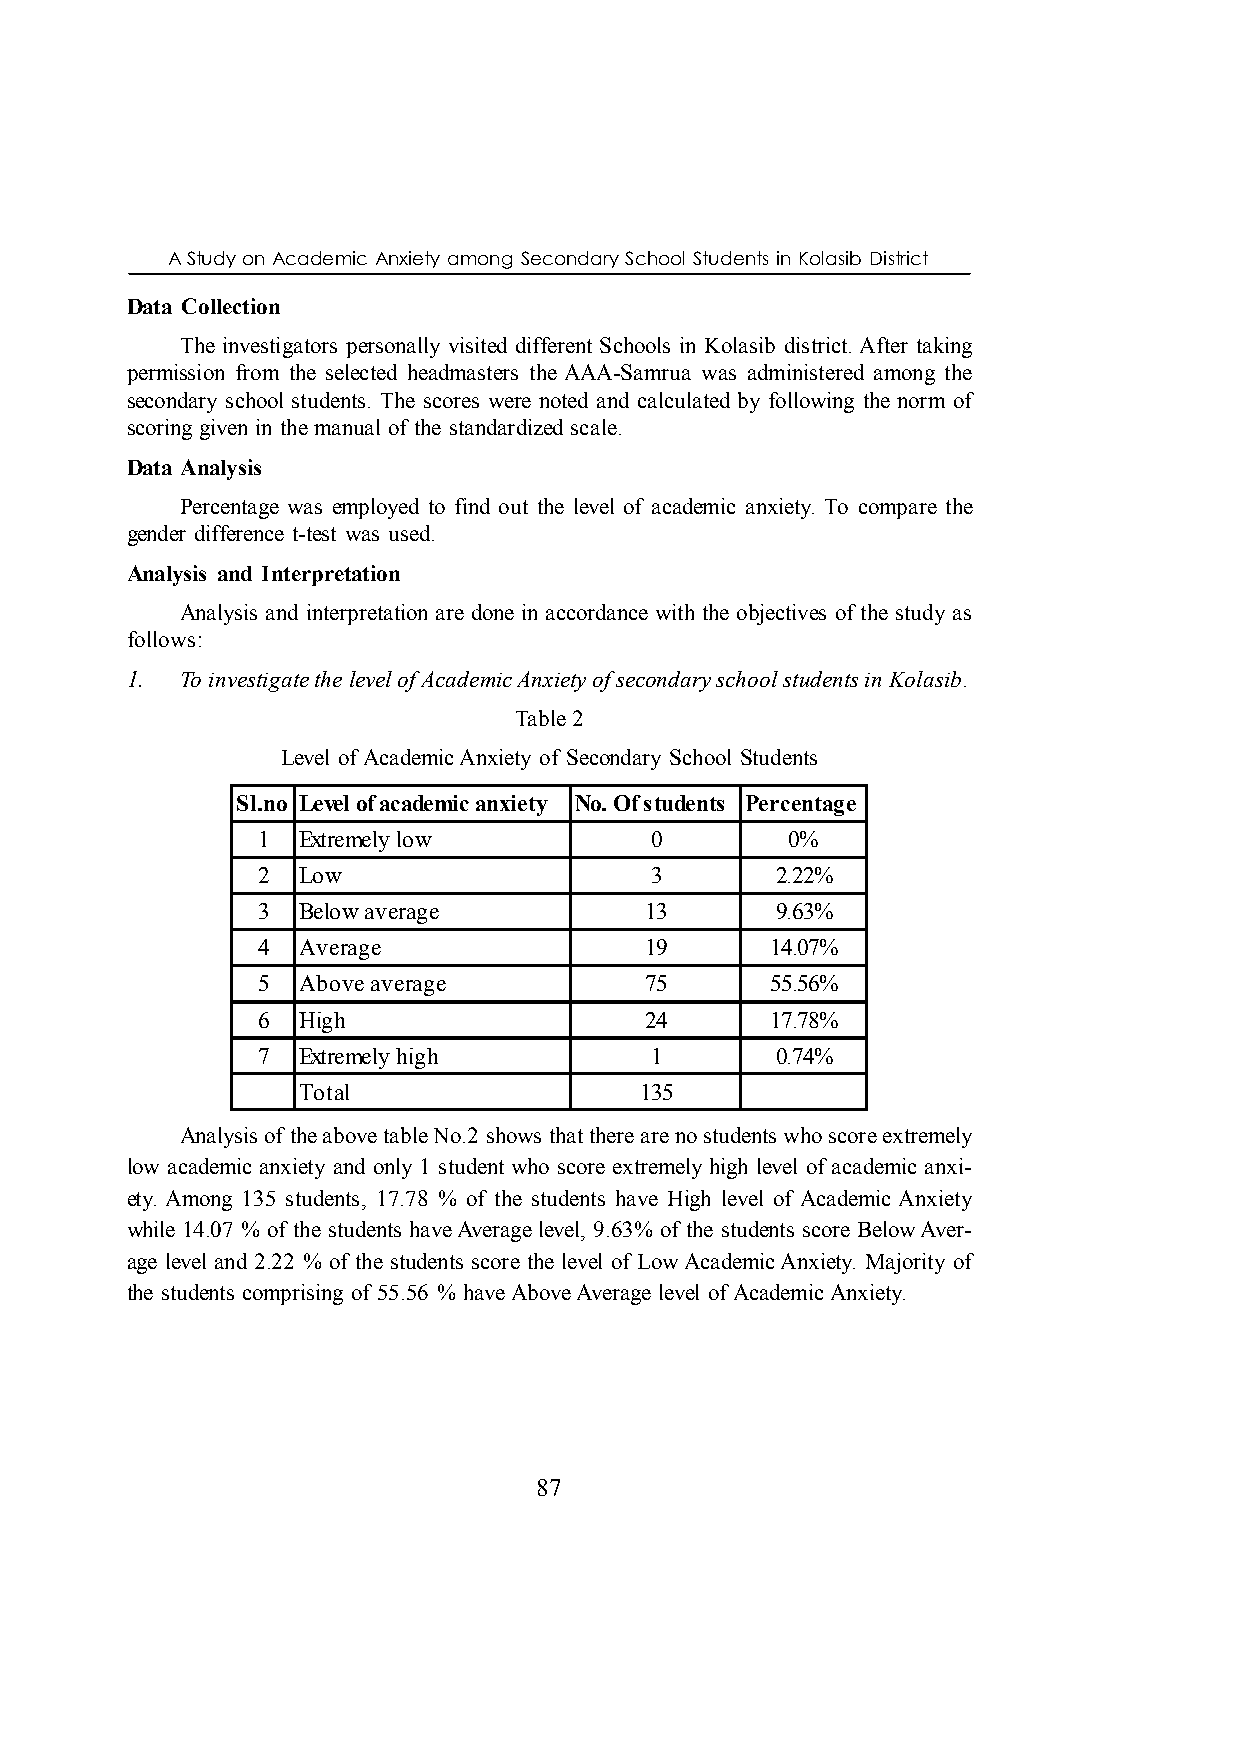
A Study on Academic Anxiety among Secondary School Students in Kolasib District
 Data Collection
 The investigators personally visited different Schools in Kolasib district. After taking
 permission from the selected headmasters the AAA-Samrua was administered among the
 secondary school students. The scores were noted and calculated by following the norm of
 scoring given in the manual of the standardized scale.
 Data Analysis
 Percentage was employed to find out the level of academic anxiety. To compare the
 gender difference t-test was used.
 Analysis and Interpretation
 Analysis and interpretation are done in accordance with the objectives of the study as
 follows:
 1.  To investigate the level of Academic Anxiety of secondary school students in Kolasib.
 Table 2
 Level of Academic Anxiety of Secondary School Students
 Sl.no Level of academic anxiety No. Of students Percentage
 1  Extremely low          0        0%
 2  Low                    3       2.22%
 3  Below average          13      9.63%
 4  Average                19      14.07%
 5  Above average          75      55.56%
 6  High                   24      17.78%
 7  Extremely high         1       0.74%
 Total                 135
 Analysis of the above table No.2 shows that there are no students who score extremely
 low academic anxiety and only 1 student who score extremely high level of academic anxi-
 ety. Among 135 students, 17.78 % of the students have High level of Academic Anxiety
 while 14.07 % of the students have Average level, 9.63% of the students score Below Aver-
 age level and 2.22 % of the students score the level of Low Academic Anxiety. Majority of
 the students comprising of 55.56 % have Above Average level of Academic Anxiety.
 87